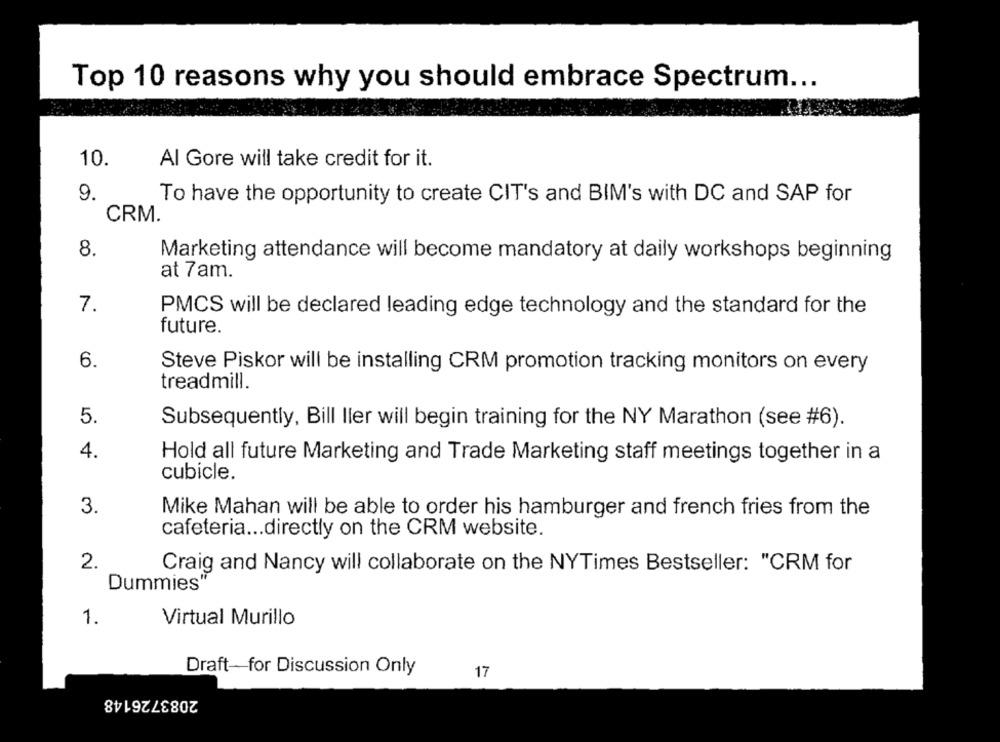
Top 10 reasons why you should embrace Spectrum ...
10.
Al Gore will take credit for it.
9.
To have the opportunity to create CIT's and BIM's with DC and SAP for
CRM.
8.
Marketing attendance will become mandatory at daily workshops beginning
at 7am.
7.
PMCS will be declared leading edge technology and the standard for the
future.
6.
Steve Piskor will be installing CRM promotion tracking monitors on every
treadmill.
5.
Subsequently, Bill Iler will begin training for the NY Marathon (see #6).
4.
Hold all future Marketing and Trade Marketing staff meetings together in a
cubicle.
3.
Mike Mahan will be able to order his hamburger and french fries from the
cafeteria ... directly on the CRM website.
2.
Craig and Nancy will collaborate on the NYTimes Bestseller: "CRM for
Dummies
1.
Virtual Murillo
Draft-for Discussion Only
17
2083726148